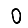
Digit: 0